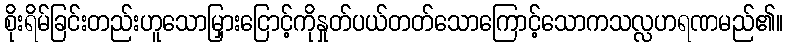
စိုးရိမ်ခြင်းတည်းဟူသောမြှားငြောင့်ကိုနှုတ်ပယ်တတ်သောကြောင့်သောကသလ္လဟရဏမည်၏။